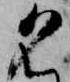
名